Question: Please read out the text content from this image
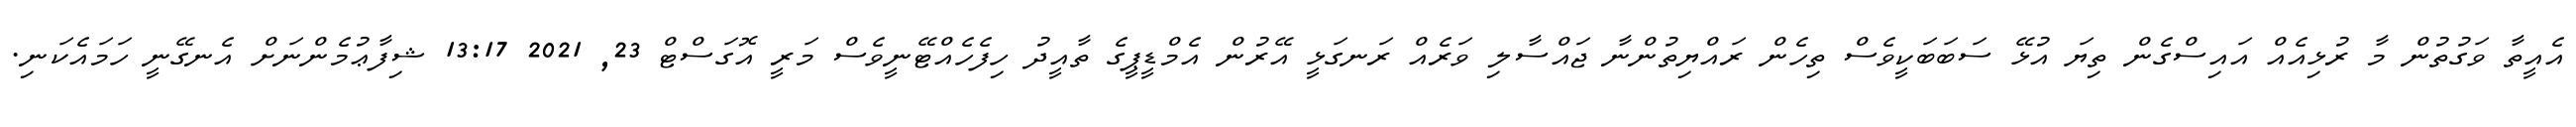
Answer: އެއީތާ ވަގުތުން މާ ރުޅިއެއް އައިސްގެން ތިޔަ އުޅޭ ސަބަބަކީވެސް ތިހެން ރައްޔިތުންނާ ޖައްސާލި ވަރެއް ރަނގަޅީ އޭރުން އެމްޑީޕީގެ ތާއީދު ހިފެހެއްޓޭނީވެސް މަރީ އޮގަސްޓް 23, 2021 13:17 ޝިފާޢުމެންނަށް އެނގޭނީ ހަމައެކަނި.